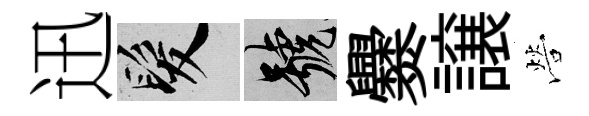
迅髮號爨譲營